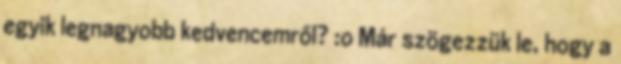
egyik legnagyobb kedvencemről? :o Már szögezzük le, hogy a